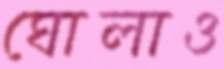
ঘোলাও